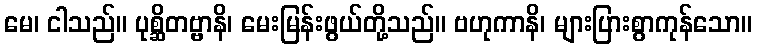
မေ၊ ငါသည်။ ပုစ္ဆိတဗ္ဗာနိ၊ မေးမြန်းဖွယ်တို့သည်။ ဗဟုကာနိ၊ များပြားစွာကုန်သော။